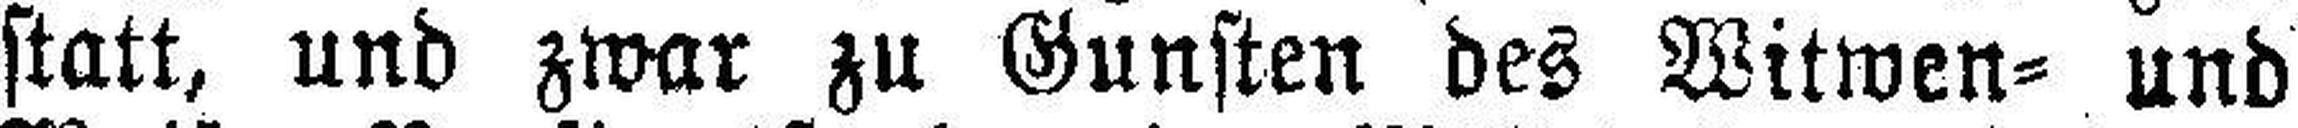
statt, und zwar zu Gunsten des Witwen= und